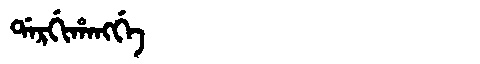
Manchu: ᡩᠠᡵᡤᡳᡥᠠᠩᡤᡝ
Romanization: DARGIHANGGE